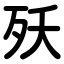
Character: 殀